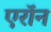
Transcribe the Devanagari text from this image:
एराॅन